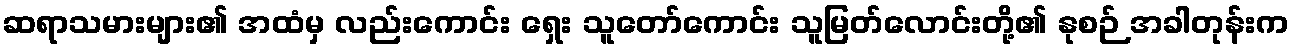
ဆရာသမားများ၏ အထံမှ လည်းကောင်း ရှေး သူတော်ကောင်း သူမြတ်လောင်းတို့၏ နုစဉ် အခါတုန်းက